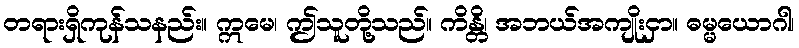
တရားရှိကုန်သနည်း။ ဣမေ၊ ဤသူတို့သည်။ ကိန္တိ၊ အဘယ်အကျိုးငှာ။ ဓမ္မယောဂါ၊